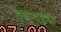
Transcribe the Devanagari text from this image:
तरुणाईचा